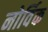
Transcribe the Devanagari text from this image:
नोर्विक